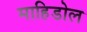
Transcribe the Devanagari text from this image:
माहिडोल